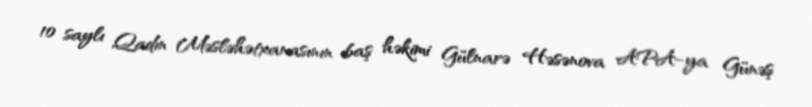
10 saylı Qadın Məsləhətxanasının baş həkimi Gülnarə Həsənova APA-ya Günəş